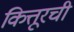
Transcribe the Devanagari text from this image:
कित्तूरची